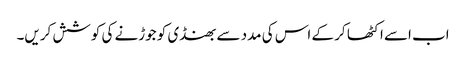
اب اسے اکٹھا کر کے اس کی مدد سے بھنڈی کو جوڑنے کی کوشش کریں۔